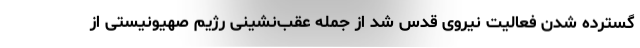
گسترده شدن فعالیت نیروی قدس شد از جمله عقب‌نشینی رژیم صهیونیستی از